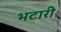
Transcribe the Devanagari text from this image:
भटारी